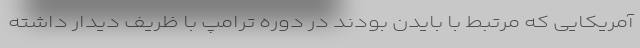
آمریکایی که مرتبط با بایدن بودند در دوره ترامپ با ظریف دیدار داشته